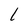
Character: 1